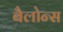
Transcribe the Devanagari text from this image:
बैलोन्स